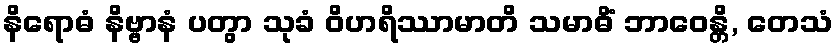
နိရောဓံ နိဗ္ဗာနံ ပတွာ သုခံ ဝိဟရိဿာမာတိ သမာဓိံ ဘာဝေန္တိ, တေသံ